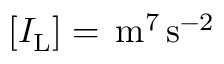
[ I _ { \mathrm { L } } ] = \, \mathrm { m } ^ { 7 } \, \mathrm { s } ^ { - 2 }